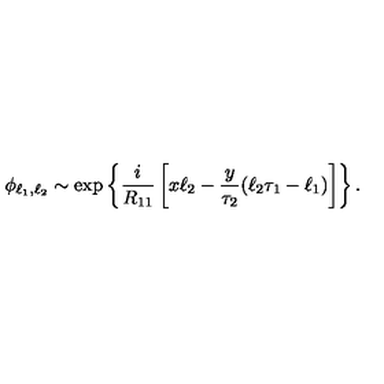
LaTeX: \phi _ { \ell _ { 1 } , \ell _ { 2 } } \sim \mathrm { e x p } \left\{ { \frac { i } { R _ { 1 1 } } } \left[ x \ell _ { 2 } - { \frac { y } { \tau _ { 2 } } } ( \ell _ { 2 } \tau _ { 1 } - \ell _ { 1 } ) \right] \right\} .